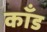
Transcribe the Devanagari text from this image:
कॉंड